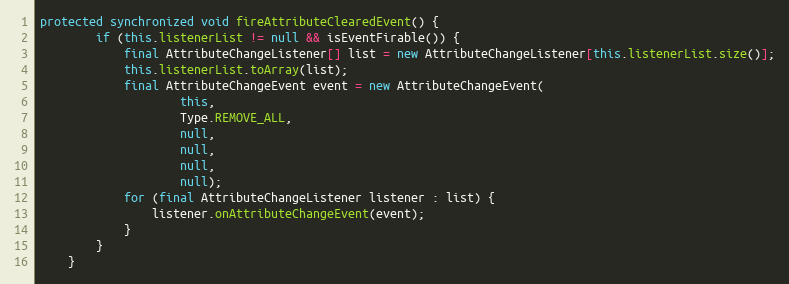
Language: Java
protected synchronized void fireAttributeClearedEvent() {
		if (this.listenerList != null && isEventFirable()) {
			final AttributeChangeListener[] list = new AttributeChangeListener[this.listenerList.size()];
			this.listenerList.toArray(list);
			final AttributeChangeEvent event = new AttributeChangeEvent(
					this,
					Type.REMOVE_ALL,
					null,
					null,
					null,
					null);
			for (final AttributeChangeListener listener : list) {
				listener.onAttributeChangeEvent(event);
			}
		}
	}